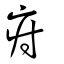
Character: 疛